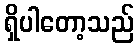
ရှိပါတော့သည်